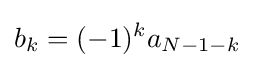
b_{k}=(-1)^{k}a_{N-1-k}